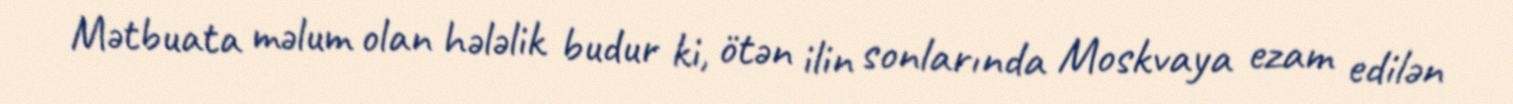
Mətbuata məlum olan hələlik budur ki, ötən ilin sonlarında Moskvaya ezam edilən